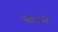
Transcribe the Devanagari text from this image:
एव्हरेस्टवरील